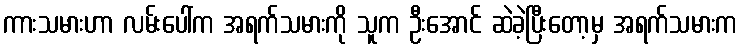
ကားသမားဟာ လမ်းပေါ်က အရက်သမားကို သူက ဦးအောင် ဆဲခဲ့ပြီးတော့မှ အရက်သမားက